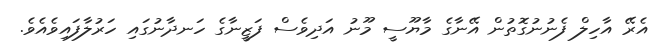
އެރޭ އާހިލް ފެނުނުގޮތުން އޭނާގެ މާޔޫސީ މޫނު އަދިވެސް ފަޒީނާގެ ހަނދާނުގައި ހަރުލާފައިވެއެވެ.